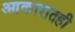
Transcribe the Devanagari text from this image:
आकारातही